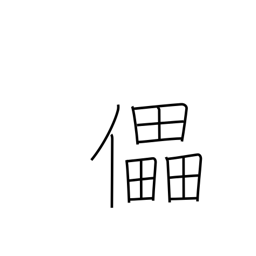
Meaning: defeat